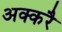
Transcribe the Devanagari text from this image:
अक्करै